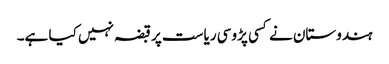
ہندوستان نے کسی پڑوسی ریاست پر قبضہ نہیں کیا ہے۔